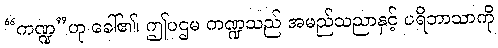
“ကဏ္ဍ”ဟု ခေါ်၏၊ ဤပဌမ ကဏ္ဍသည် အမည်သညာနှင့် ပရိဘာသာကို